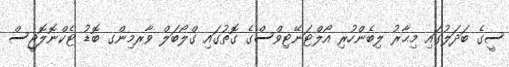
ސީގެ ބަދަލުގައި މިޙާރު ލިބެންހުރި އޯލްޓަނޭޓިވްސްގެ ގޮތުގައި ގްލޯބަލް ވާރމިންގ ބޮޑު ޓެކްނޮލޮޖީސް